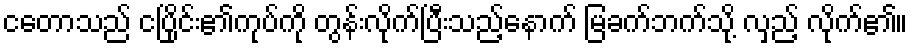
ငတောသည် ငပြိုင်း၏ကုပ်ကို တွန်းလိုက်ပြီးသည့်နောက် မြခက်ဘက်သို့ လှည့် လိုက်၏။